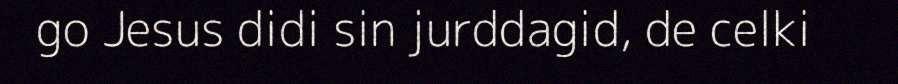
go Jesus didi sin jurddagid, de celki